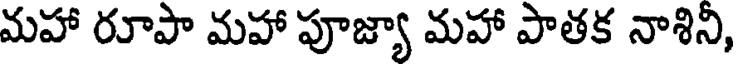
మహా రూపా మహా పూజ్యా మహా పాతక నాశిని,